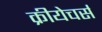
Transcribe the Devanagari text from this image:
क्रीयेचर्स